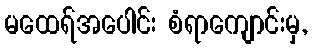
မထေရ်အပေါင်း စံရာကျောင်းမှ,